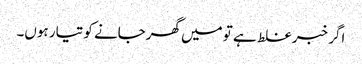
اگر خبر غلط ہے تو میں گھرجانے کو تیار ہوں۔